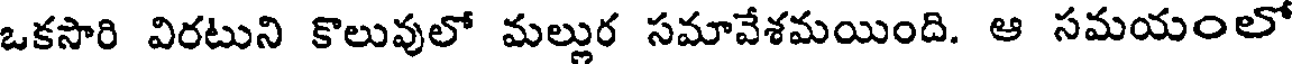
ఒకసారి విరటుని కొలువులో మల్లుర సమావేశమయింది. ఆ సమయంలో